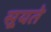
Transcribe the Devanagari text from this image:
सूयते